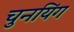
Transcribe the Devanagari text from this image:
चुनयिंग